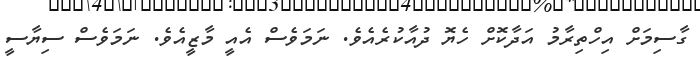
ގާސިމަށް އިހްތިރާމު އަދާކޮށް ހެޔޮ ދުއާކުރެއެވެ. ނަމަވެސް އެއީ މާޒީއެވެ. ނަމަވެސް ސިޔާސީ